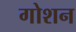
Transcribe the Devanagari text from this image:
गोशन